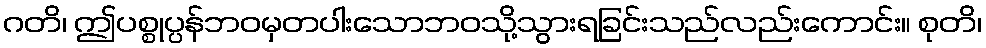
ဂတိ၊ ဤပစ္စုပ္ပန်ဘဝမှတပါးသောဘဝသို့သွားရခြင်းသည်လည်းကောင်း။ စုတိ၊